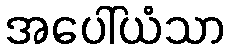
အပေါ်ယံသာ